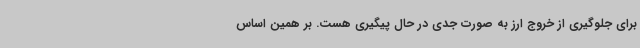
برای جلوگیری از خروج ارز به صورت جدی در حال پیگیری هست. بر همین اساس